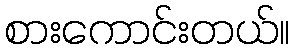
စားကောင်းတယ်။